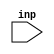
// SPDX-License-Identifier: Apache-2.0
// Copyright (C) 2019 Intel Corporation. All rights reserved
// Library - aibnd_lib, Cell - aibnd_str_ioload, View - schematic
// LAST TIME SAVED: May 19 10:56:07 2015
// NETLIST TIME: May 19 12:48:22 2015
//`timescale 1ns / 1ns 

module aibnd_str_ioload ( inp);

input  inp;

// Buses in the design

wire    net07;

assign vcc_aibnd = 1'b1;
assign vss_aibnd = 1'b0;


//specify 
//    specparam CDS_LIBNAME  = "aibnd_lib";
//    specparam CDS_CELLNAME = "aibnd_str_ioload";
//    specparam CDS_VIEWNAME = "schematic";
//endspecify

assign net07 = ~inp ;

endmodule